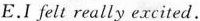
E.I fellt really excited.